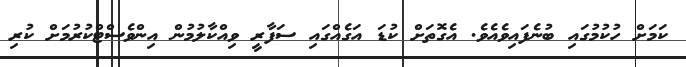
ކަމަށް ހުކުމުގައި ބުނެފައިވެއެވެ. އެގޮތަށް ކުޑަ އަގެއްގައި ސަފާރީ ވިއްކާލުމުން އިންވެސްޓްކުރުމަށް ކުރި